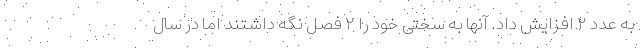
به عدد ۲ افزایش داد. آنها به سختی خود را ۲ فصل نگه داشتند اما در سال